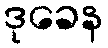
ဒုခေန